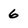
Character: 6